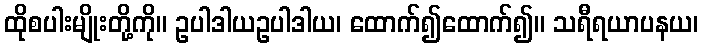
ထိုစပါးမျိုးတို့ကို။ ဥပါဒါယဥပါဒါယ၊ ထောက်၍ထောက်၍။ သရီရယာပနယ၊